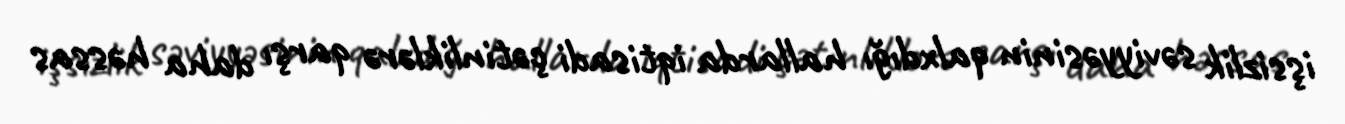
işsizlik səviyyəsinin qalxdığı hallarda iqtisadi çətinliklərə qarşı daha həssas